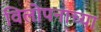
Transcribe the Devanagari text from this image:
विलोपनाच्या